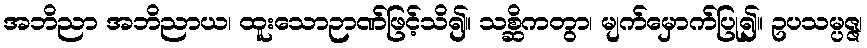
အဘိညာ အဘိညာယ၊ ထူးသောဉာဏ်ဖြင့်သိ၍။ သစ္ဆိကတွာ၊ မျက်မှောက်ပြု၍။ ဥပသမ္ပဇ္ဇ၊